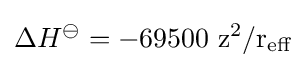
\Delta H^{\ominus }=-69500\ \mathrm {z^{2}/r_{eff}}